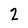
Character: 2